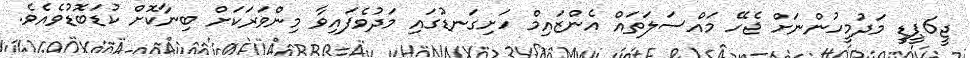
ޖީ6ޕީޑީ މަދުމީހުންނަށް ޖެހޭ މައްސަލަތައް އެންޒައިމް ހަށިގަނޑުގައި މަދުވެފައިވާ މިންވަރަކަށް ބިނާކޮށް ކުޑަބޮޑުވެއެވެ.